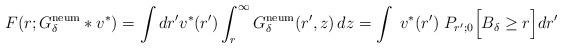
LaTeX: \begin{align*} F(r;G_\delta^{\rm neum}*v^*)=\int dr' v^*(r') \int_r^\infty G_\delta^{\rm neum}(r', z) \, dz= \int \; v^*(r') \; P_{r'{;0}}\Big[ B_\delta \ge r\Big]dr' \end{align*}